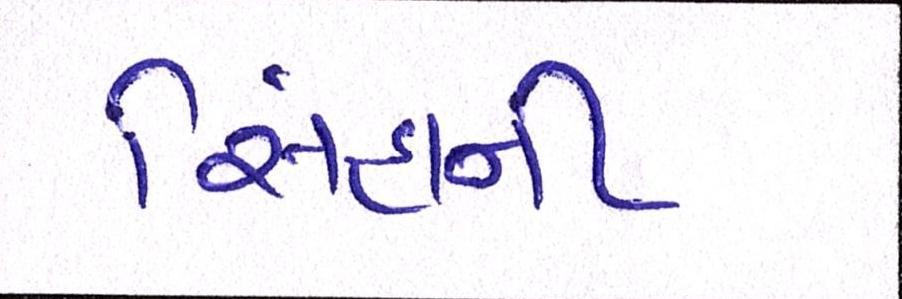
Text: સિંહાની